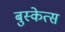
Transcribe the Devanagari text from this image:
बुस्केत्स